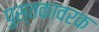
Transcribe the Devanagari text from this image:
पुस्तकावरक